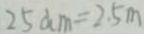
2 5 d m = 2 . 5 m